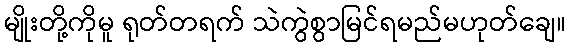
မျိုးတို့ကိုမူ ရုတ်တရက် သဲကွဲစွာမြင်ရမည်မဟုတ်ချေ။